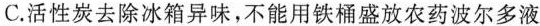
C.活性炭去除冰箱异味，不能用铁桶盛放农药波尔多液